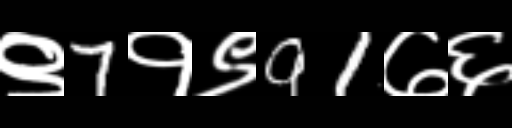
Text: ९7१९91७६